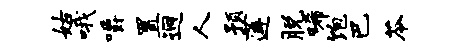
姑哦嚼置迥人预莲脱唏饱巴苓